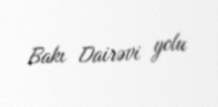
Bakı Dairəvi yolu